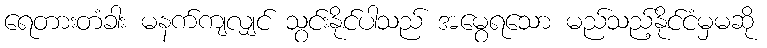
ရေတားတံခါး မနက်ကျလျှင် သွင်းနိုင်ပါသည် အမွေရသော မည်သည့်နိုင်ငံမှမဆို